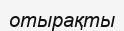
отырақты